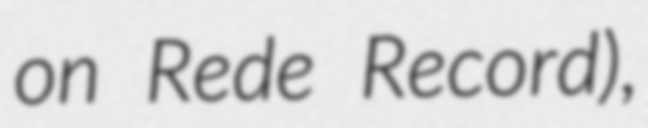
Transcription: on Rede Record),